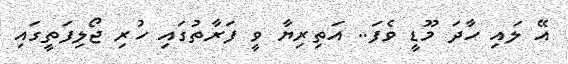
އޭ ލައި ހާދަ މޫޑީ ވެފަ.. އަތިރިޔާ ވީ ފަރާތުގައި ހުރި ޖޯލިފަތީގައި